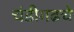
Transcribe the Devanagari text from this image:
चंडीगढचे